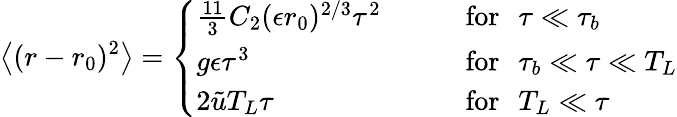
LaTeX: \left\langle{(r-r_{0})^{2}}\right\rangle=\left\{ \begin{array}{ll}{\frac{11}{3}C_{2}(\epsilon r_{0})^{2/3}\tau^{2}\quad\quad}&{\mathrm{for}\, \, \, \, \tau\ll\tau_{b}}\\ {g\epsilon\tau^{3}}&{\mathrm{for}\, \, \, \, \tau_{b}\ll\tau\ll T_{L}}\\ {2\tilde{u}T_{L}\tau}&{\mathrm{for}\, \, \, \, T_{L}\ll\tau}\end{array}\right.